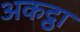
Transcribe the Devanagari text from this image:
अकट्ठा